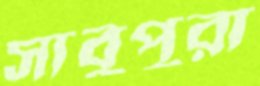
সাবুপুরা